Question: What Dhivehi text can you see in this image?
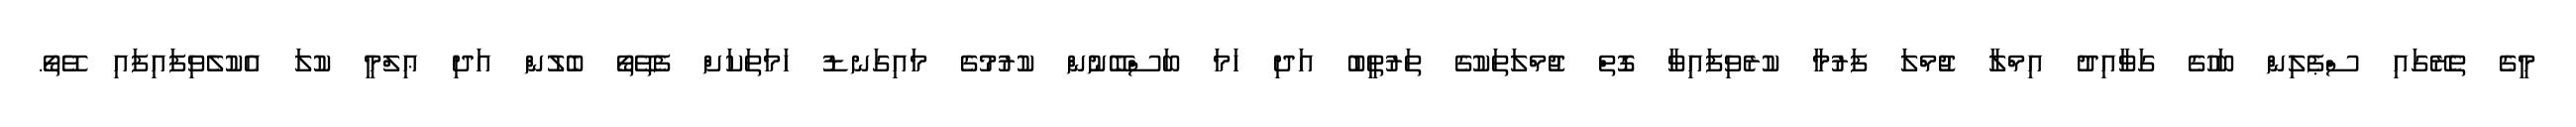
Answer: މީގެ ތެރޭގައި ސްޕެލިން ބަހުގެ ގަވާއިދު އިމްލާ ޖުމްލަ ފަރުމާ ކުރެވިފައިވާ ގޮތް ޖުމްލަތަކުގެ ތަރުތީބު އަދި ހަމަ ބަސްބޭނުން ކުރުމުގެ މައިގަނޑު ހަމަތަކަށް ފެތޭތޯ ބެލުން އަދި ޢިލްމީ ކުލަ އެކުލެވިފައިފައި ވޭތޯ.